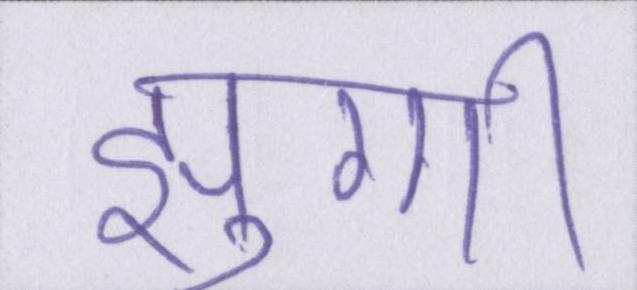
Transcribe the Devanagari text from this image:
झुग्गी